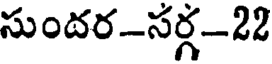
సుందర-సర్గ-22